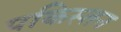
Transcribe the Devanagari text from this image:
पकिस्तन